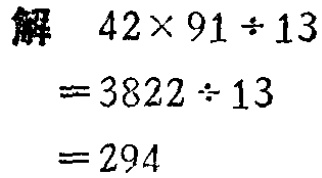
解

\[

\begin{align*}

&42\times91\div13\\

=&3822\div13\\

=&294

\end{align*}

\]